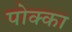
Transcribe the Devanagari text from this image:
पोक्का